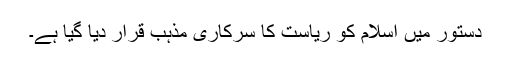
دستور میں اسلام کو ریاست کا سرکاری مذہب قرار دیا گیا ہے۔